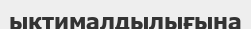
ықтималдылығына